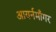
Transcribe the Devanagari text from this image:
आयर्नमॉँगर